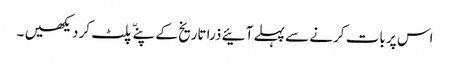
اس پر بات کرنے سے پہلے آئیے ذرا تاریخ کے پنےّ پلٹ کر دیکھیں ۔